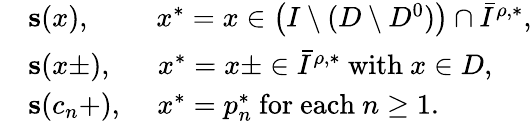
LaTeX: \begin{array}{rl}&{\mathbf{s}(x),\quad\quad\; x^{*}=x\in\left(I\setminus(D\setminus D^{0})\right)\cap\bar{I}^{\rho,*},}\\ &{\mathbf{s}(x\pm),\quad\; \; x^{*}=x\pm\in\bar{I}^{\rho,*}\mathrm{~with~}x\in D,}\\ &{\mathbf{s}(c_{n}+),\quad\, x^{*}=p_{n}^{*}\mathrm{~for~each~}n\geq 1.}\end{array}